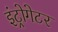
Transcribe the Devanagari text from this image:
इंट्रोगेटर